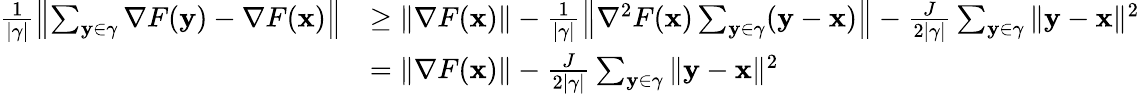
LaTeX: \begin{array}{rl}{\frac{1}{|\gamma|}\left\| \sum_{\mathbf{y}\in\gamma}\nabla F(\mathbf{y})-\nabla F({\mathbf x})\right\| }&{\ge\| \nabla F({\mathbf x})\| -\frac{1}{|\gamma|}\left\| \nabla^{2}F({\mathbf x})\sum_{\mathbf{y}\in\gamma}(\mathbf{y}-{\mathbf x})\right\| -\frac{J}{2|\gamma|}\sum_{\mathbf{y}\in\gamma}\| \mathbf{y}-{\mathbf x}\| ^{2}}\\ &{=\| \nabla F({\mathbf x})\| -\frac{J}{2|\gamma|}\sum_{\mathbf{y}\in\gamma}\| \mathbf{y}-{\mathbf x}\| ^{2}}\end{array}